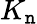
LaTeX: K_{\mathtt{n}}